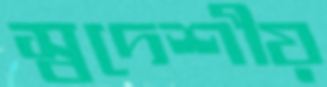
স্বদেশীয়